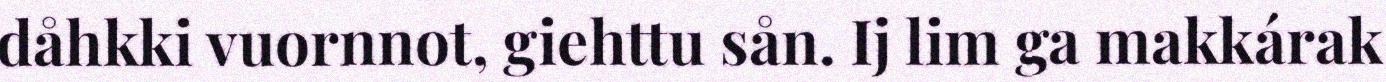
dåhkki vuornnot, giehttu sån. Ij lim ga makkárak